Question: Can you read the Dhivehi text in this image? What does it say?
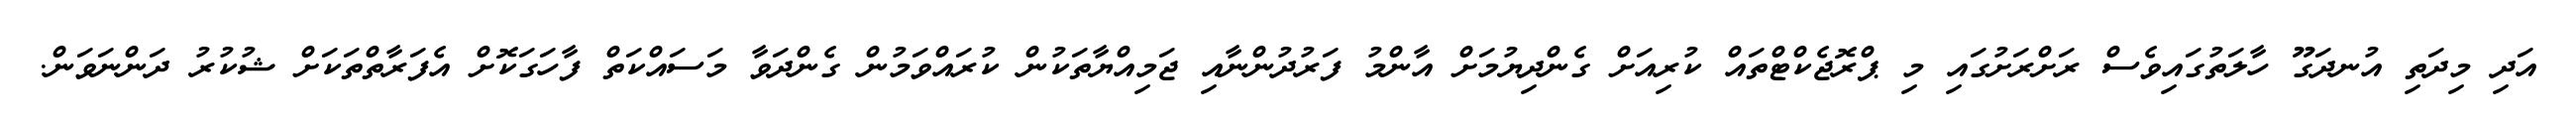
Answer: އަދި މިދަތި އުނދަގޫ ހާލަތުގައިވެސް ރަށްރަށުގައި މި ޕްރޮޖެކްޓްތައް ކުރިއަށް ގެންދިޔުމަށް އާންމު ފަރުދުންނާއި ޖަމިއްޔާތަކުން ކުރައްވަމުން ގެންދަވާ މަސައްކަތް ފާހަގަކޮށް އެފަރާތްތަކަށް ޝުކުރު ދަންނަވަން.